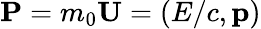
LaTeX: {\boldsymbol{\mathbf{P}}}=m_{0}{\boldsymbol{\mathbf{U}}}=(E/c,\mathbf{p})